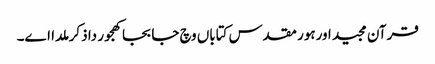
قرآن مجید اورہور مقدس کتاباں وچ جابجا کھجور دا ذکر ملدا ا‏‏ے۔